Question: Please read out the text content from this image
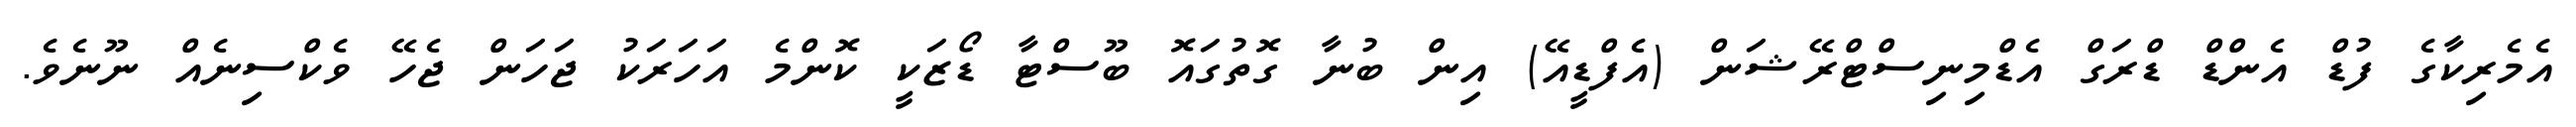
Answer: އެމެރިކާގެ ފުޑް އެންޑް ޑްރަގް އެޑްމިނިސްޓްރޭޝަން (އެފްޑީއޭ) އިން ބުނާ ގޮތުގައޮ ބޫސްޓާ ޑޯޒަކީ ކޮންމެ އަހަރަކު ޖަހަން ޖެހޭ ވެކްސިނެއް ނޫނެވެ.